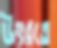
উৎরতে